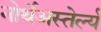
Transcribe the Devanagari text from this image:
नोर्थेअस्तेर्ल्य